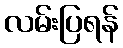
လမ်းပြရန်